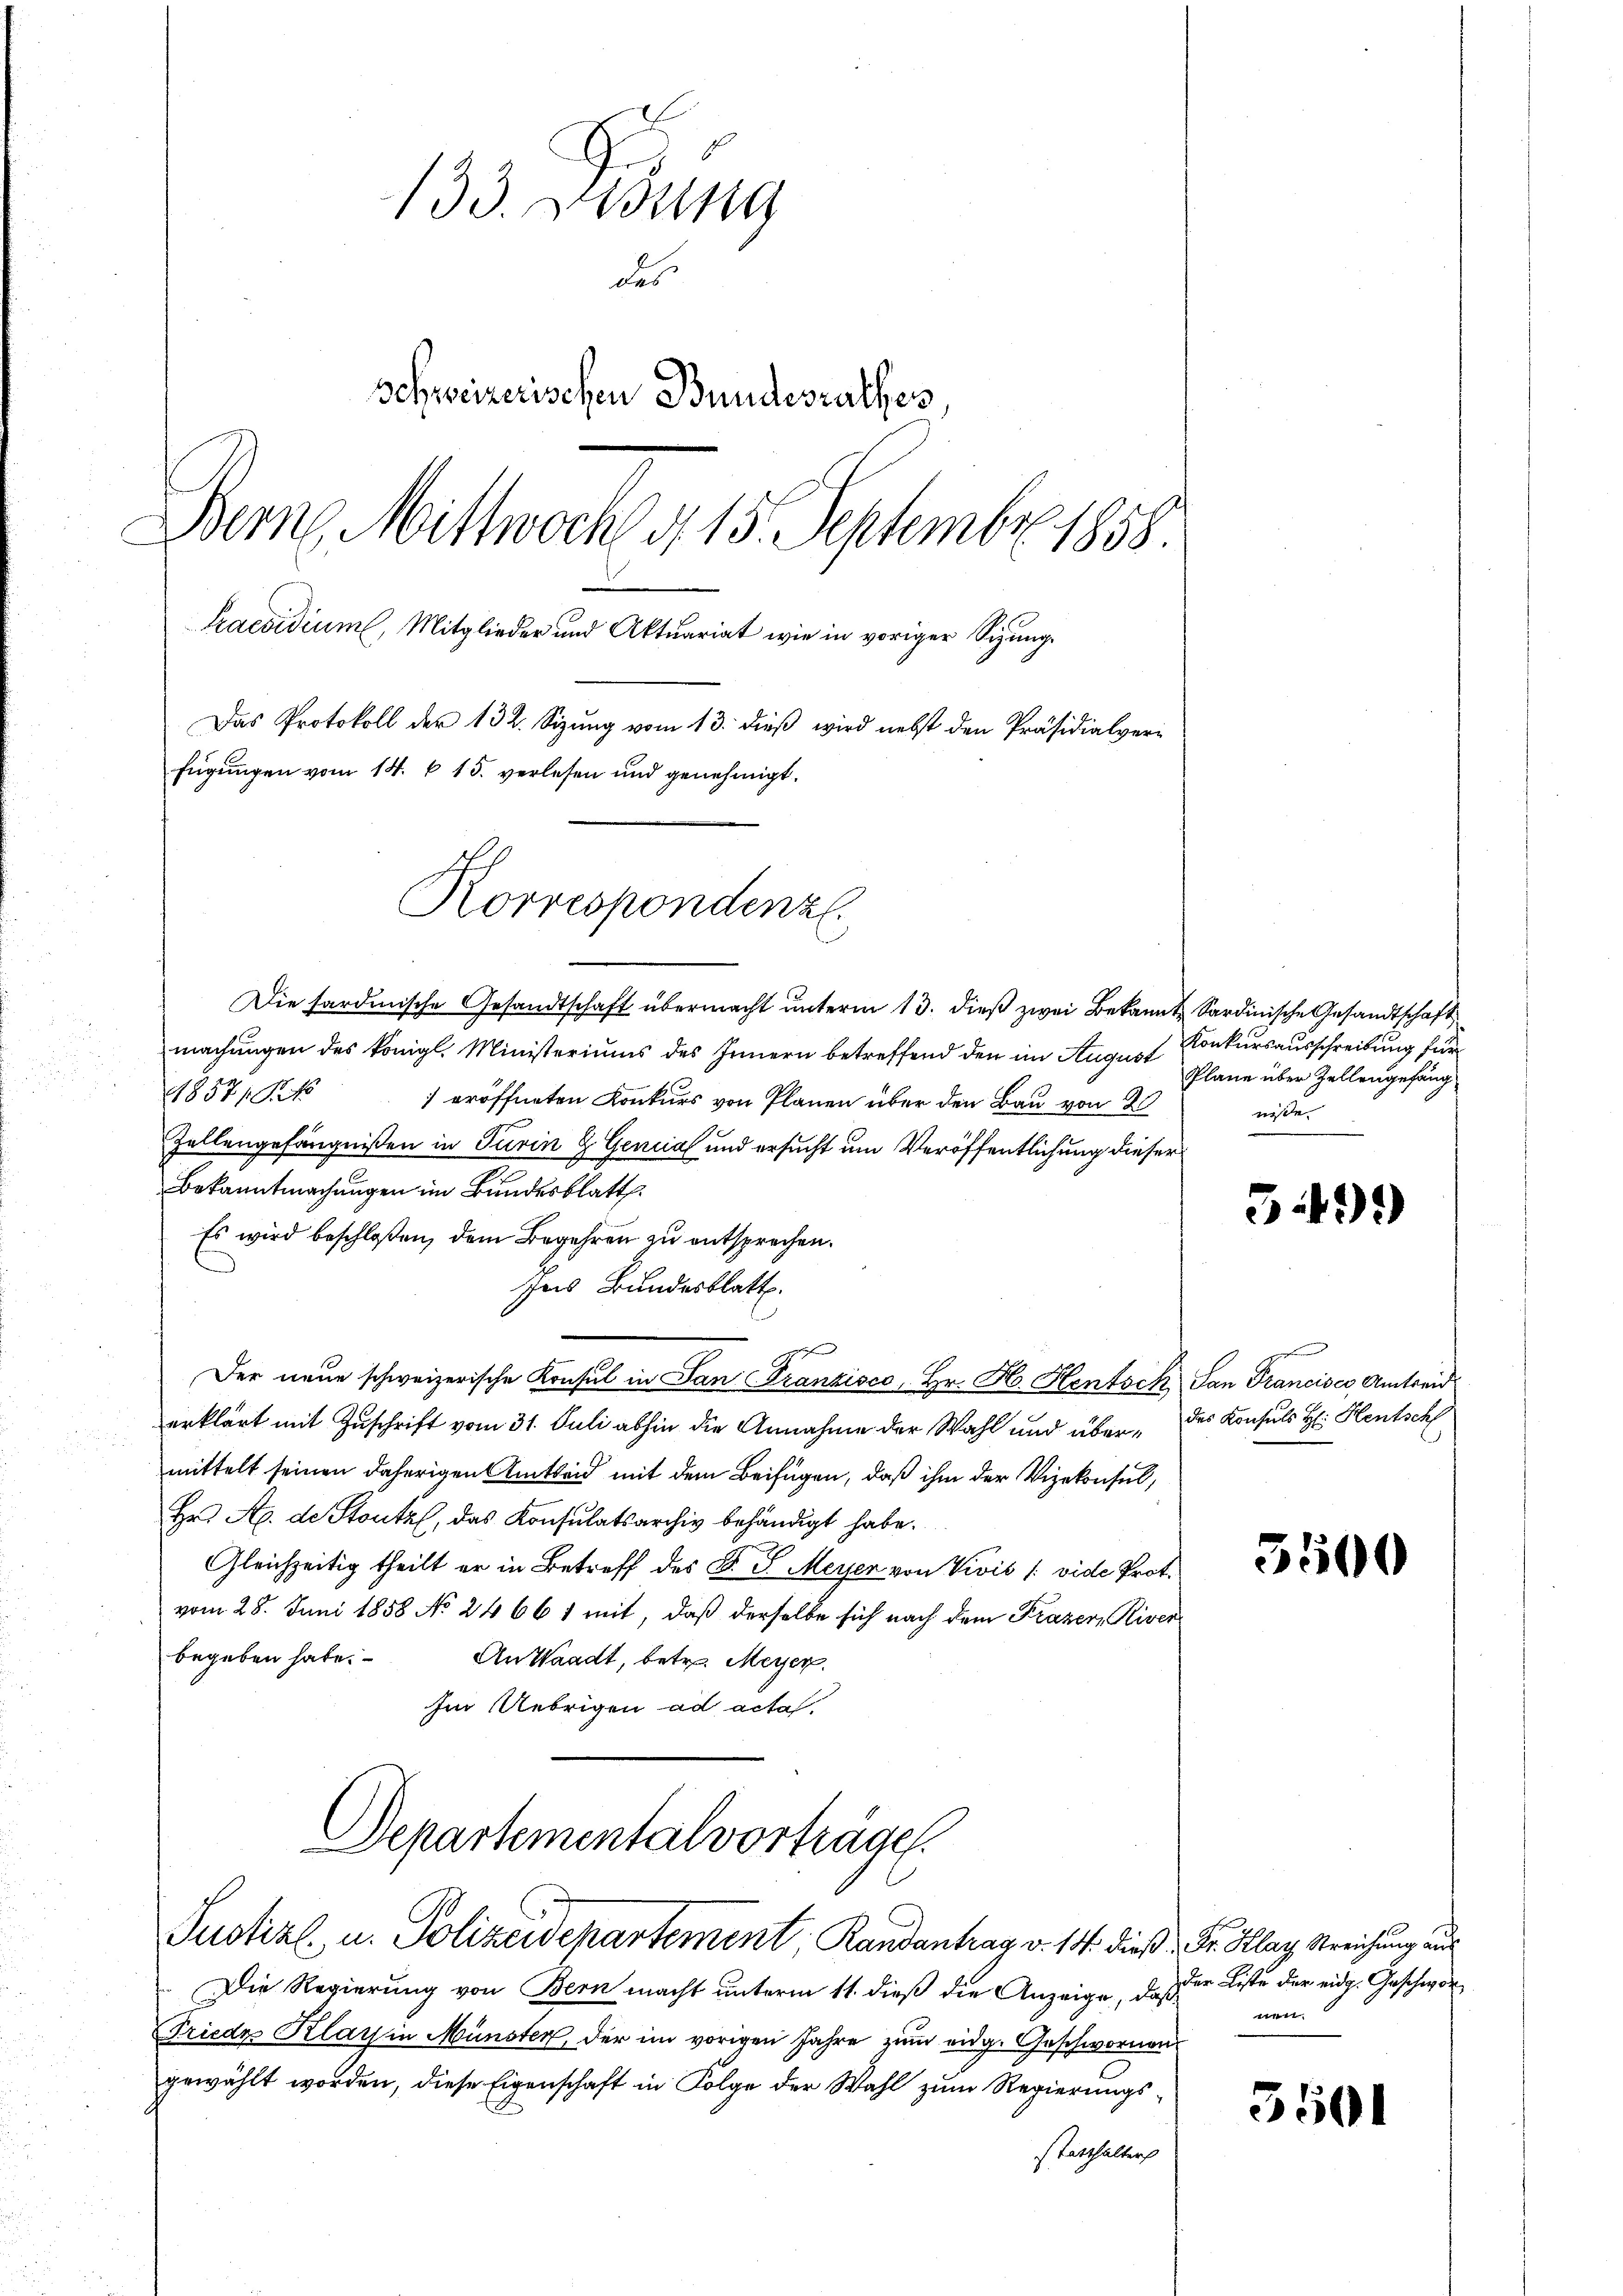
133. Dedung
des
Schweizerischen Bundesrathes
Bem. Mittwoch d. 15. Septembr. 1858.
Praesidium, Mitglieder und Aktuariat wie in voriger Sizung
Das Protokoll der 132. Sizung vom 13. dieß wird nebst den Präsidialverfügungen vom 14. v. 15. verlesen und genehmigt.

Die sardinische Gesandtschaft übermacht unterm 13. dieß zwei Bekannt Sardinische Gesandtschaft
machungen des königl. Ministeriums des Innern betreffend den im August Konkursausschreibung für
1857/18
 eröffneten Konkurs von Planen über den Bau von 2
Zellengefängnißen in Turin & Genial und ersucht um Veröffentlichung dieser
Bekanntmachungen im Bundesblatt.
Es wird beschloßen, dem Begehren zu entsprechen.
seis Bundesblatt.
Der neue schweizerische Konsul in San Franzisco, Hr. H. Hentock San Francises Amtreid
erklärt mit Zuschrift vom 31. Juli abhin die Annahme der Wahl und über- des Konsuls H: Hentsch
mittelt seinen daherigen Amtseid mit dem Beifügen, daß ihm der Vizekonsul,
Hr Ap. de Stutz, das Konsulatsarchiv behändigt habe.
Gleichzeitig theilt er in Betreff des D. S. Meyer von Vivis /: vide Prot.
vom 28. Juni 1858 No 2466 1 mit, daß derselbe sich nach dem Prazer, River
begeben habe.
An Waadt, betr. Meyer.
Im Uebrigen ad acta.
Departemental vorträge.

Korrespondenzl

Justizl., u. Polizeidepartement Randantrag v. 14. dieß Sr. Klar Streichung aus

Die Regierung von Bern macht unterm 11. dieß die Anzeige, daß
Friede Klay in Münster, der im vorigen Jahre zum eidg. Geschwornen
gewählt worden, diese Eigenschaft in Folge der Wahl zum Regierungsstatthalter

Pläne über Zellengefäng
nisse

5499)

5500

der Liste der eidg. Geschwor
t

5501